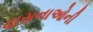
વાસનાઓની